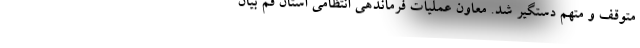
متوقف و متهم دستگیر شد. معاون عملیات فرماندهی انتظامی استان قم بیان